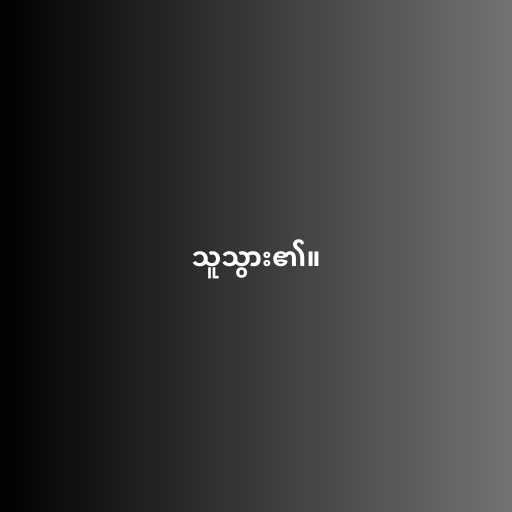
သူသွား၏။